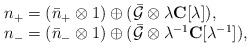
\begin{align*}\begin{array}{l}n_+=(\bar{n}_+\otimes 1)\oplus (\bar{{\cal G}}\otimes \lambda{\bf C}[\lambda]),\\n_-=(\bar{n}_-\otimes 1)\oplus (\bar{{\cal G}}\otimes\lambda^{-1}{\bf C}[\lambda^{-1}]),\end{array}\end{align*}